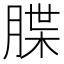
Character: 䐑